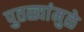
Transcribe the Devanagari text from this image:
पुतळ्यांमुळे